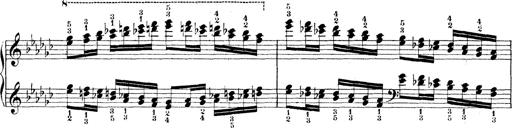
Title: Technische Studien
Composer: Franz Liszt